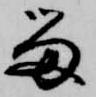
留